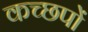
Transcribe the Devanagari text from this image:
कच्छपों